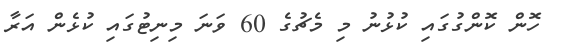
ހޮން ކޮންގުގައި ކުޅުނު މި މެޗުގެ 60 ވަނަ މިނިޓުގައި ކުޅެން އަރާ